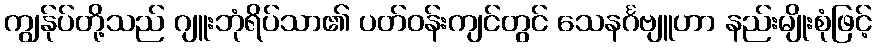
ကျွန်ုပ်တို့သည် ဂျူးဘုံရိပ်သာ၏ ပတ်ဝန်းကျင်တွင် သေနင်္ဂဗျူဟာ နည်းမျိုးစုံဖြင့်